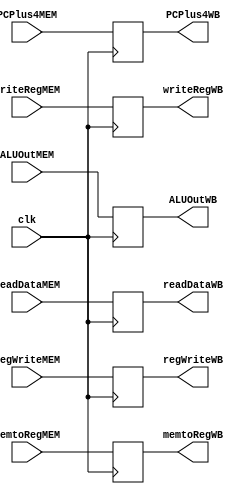
module MEMWB(
    input clk,
    // Pipeline Reg
    input [31:0] ALUOutMEM,
    input [4:0] writeRegMEM,
    input [31:0] PCPlus4MEM,
    input [31:0] readDataMEM, // Data Memory Output

    output reg [31:0] ALUOutWB,
    output reg [4:0] writeRegWB,
    output reg [31:0] PCPlus4WB,
    output reg [31:0] readDataWB,
    
    // Pipeline Ctrl
    input [1:0] memtoRegMEM, 
    input regWriteMEM,

    output reg [1:0] memtoRegWB,    
    output reg regWriteWB
);
  
    always @(posedge clk) begin
        ALUOutWB <= ALUOutMEM;
        writeRegWB <= writeRegMEM;
        PCPlus4WB <= PCPlus4MEM;
        readDataWB <= readDataMEM;

        memtoRegWB <= memtoRegMEM;
        regWriteWB <= regWriteMEM;
    end

endmodule